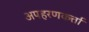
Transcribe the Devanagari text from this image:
अपहरणकर्त्ता